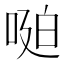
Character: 𱓆